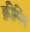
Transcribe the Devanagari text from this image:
क्रीमिंग